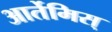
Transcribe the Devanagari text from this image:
आर्तेमिस्‌